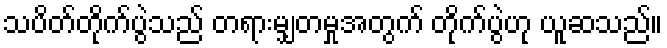
သပိတ်တိုက်ပွဲသည် တရားမျှတမှုအတွက် တိုက်ပွဲဟု ယူဆသည်။